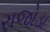
રાજોડા